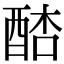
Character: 𨡋